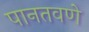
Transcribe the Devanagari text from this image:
पानतवणे